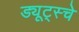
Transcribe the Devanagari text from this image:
ड्यूट्स्चे